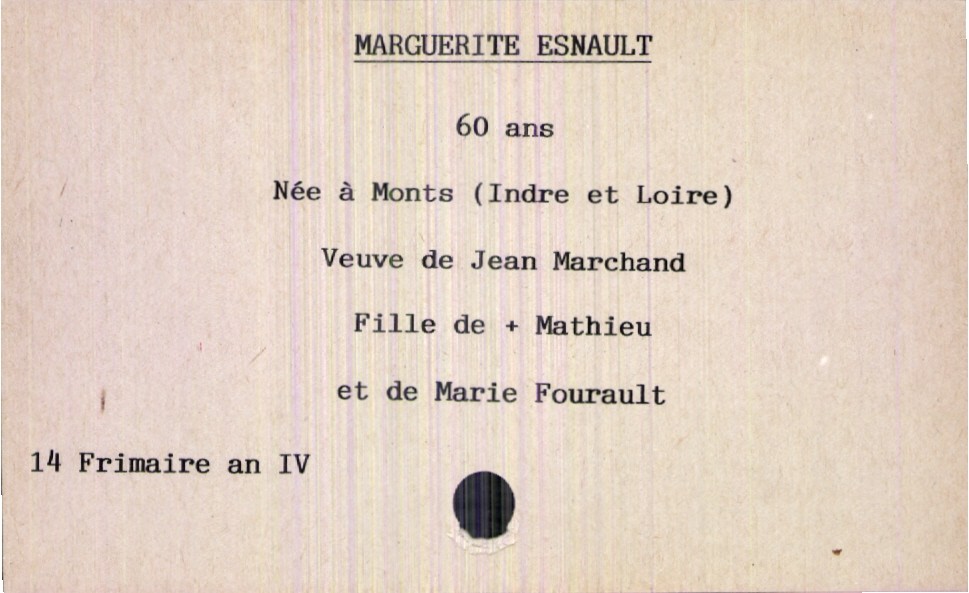
type_acte: Décès
année: an IV
mois: frimaire
jour: 14
défunt_nom: Esnault
défunt_prénom: Marguerite
défunt_sexe: F
défunt_âge: 60 ans
défunt_lieu_de_naissance: Monts (Indre et Loire)
défunt_statut: veuf(ve)
père_défunt_nom: Esnault
père_défunt_prénom: Mathieu
père_défunt_statut: décédé
mère_défunt_nom: Fourault
mère_défunt_prénom: Marie